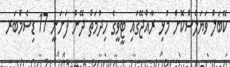
ކޭބަލް ވަޔަލެސްކޮށް މުޅި ރާއްޖޭގައި ޓީވީގެ ހިދުމަތް ދޭން ފަށަނީ 17 ޑިސެމްބަރ